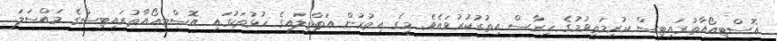
އޮސްޓިއޯއާތުރައިޓިސް ކުރިމަތިވުމުގެ ހިރާސް އިތުރުކުރުވައެވެ. މީގެ އިތުރުން އަތްތިލައިގެ ހުޅުތަކުގައި އޮސްޓިއޯއާތުރައިޓިސްގެ މައްސަލަ